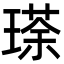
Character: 瑹